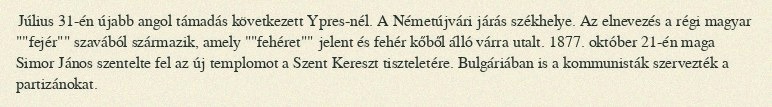
Július 31-én újabb angol támadás következett Ypres-nél. A Németújvári járás székhelye. Az elnevezés a régi magyar ""fejér"" szavából származik, amely ""fehéret"" jelent és fehér kőből álló várra utalt. 1877. október 21-én maga Simor János szentelte fel az új templomot a Szent Kereszt tiszteletére. Bulgáriában is a kommunisták szervezték a partizánokat.